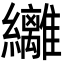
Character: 𮉞